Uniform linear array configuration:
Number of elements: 48
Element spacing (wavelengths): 0.75
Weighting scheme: uniform
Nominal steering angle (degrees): -30
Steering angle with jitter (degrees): -29.155
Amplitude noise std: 0.05
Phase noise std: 0.05

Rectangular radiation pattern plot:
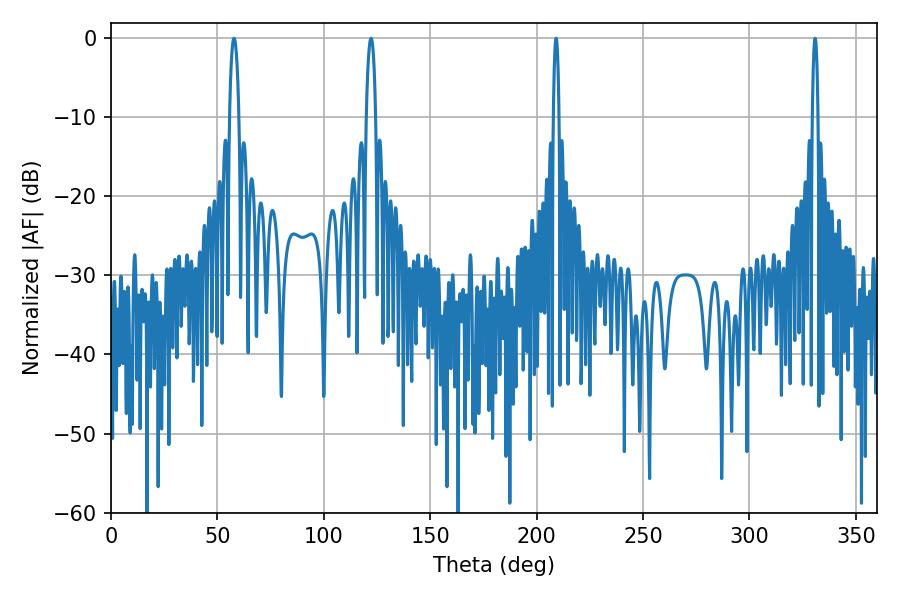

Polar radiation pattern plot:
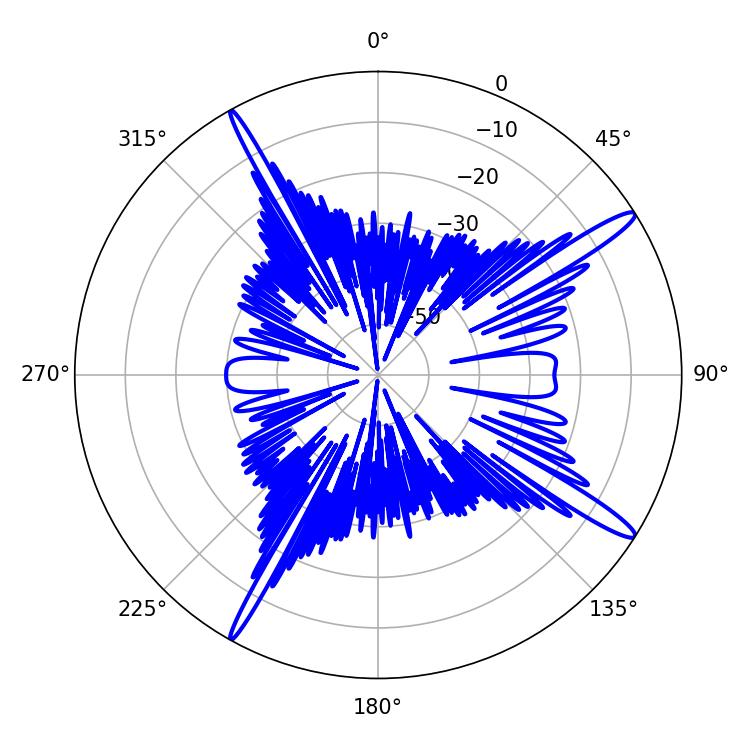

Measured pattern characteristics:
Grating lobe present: TRUE
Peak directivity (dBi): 15.444
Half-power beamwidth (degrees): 1.44
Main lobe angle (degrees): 330.84